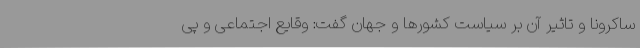
ساکرونا و تاثیر آن بر سیاست کشورها و جهان گفت: وقایع اجتماعی و پی